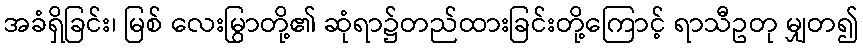
အခံရှိခြင်း၊ မြစ် လေးမြွာတို့၏ ဆုံရာ၌တည်ထားခြင်းတို့ကြောင့် ရာသီဥတု မျှတ၍